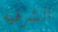
الشرقيه